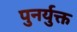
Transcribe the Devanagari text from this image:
पुनर्युक्त